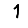
Digit: 1